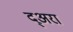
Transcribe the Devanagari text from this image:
द्अरा